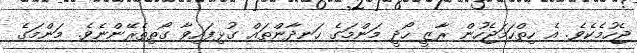
ޖެހުމެކެވެ. އެ ހިތްހަމަޖެހުން ރާޒީ ހޯދީ މަންމަގެ ހަނދާންތައް ގުޅިފައިވާ ގޯތިތެރޭންނެވެ. މަންމަގެ